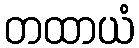
တထာယံ